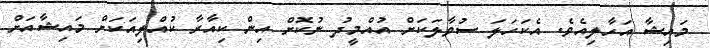
މައިޝާ އަހާލިއެވެ. އެކަހަލަ ސުވާލަކަށް އުއްމީދު ނުކޮށް އިން ކިއާރާ ކުއްލިއަކަށް މައިޝާއަށް